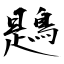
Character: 鶗